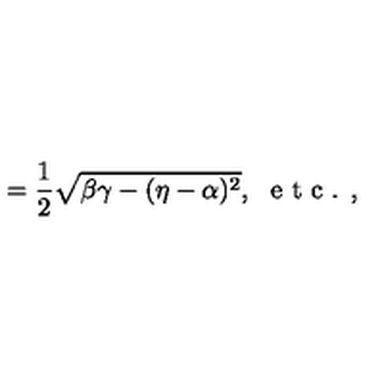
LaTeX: = \frac { 1 } { 2 } \sqrt { \beta \gamma - ( \eta - \alpha ) ^ { 2 } } , \ \textrm { e t c . , }